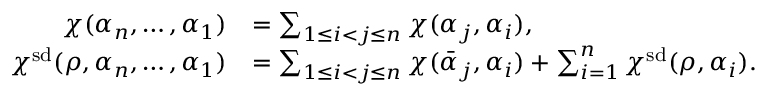
\begin{array} { r l } { \chi ( \alpha _ { n } , \dotsc , \alpha _ { 1 } ) } & { = \sum _ { 1 \leq i < j \leq n } \chi ( \alpha _ { j } , \alpha _ { i } ) , } \\ { \chi ^ { \smash { \mathrm { s d } } } ( \rho , \alpha _ { n } , \dotsc , \alpha _ { 1 } ) } & { = \sum _ { 1 \leq i < j \leq n } \chi ( \bar { \alpha } _ { j } , \alpha _ { i } ) + \sum _ { i = 1 } ^ { n } \chi ^ { \smash { \mathrm { s d } } } ( \rho , \alpha _ { i } ) . } \end{array}